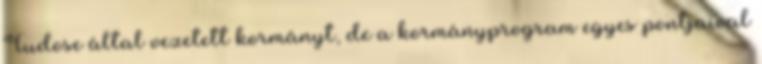
Tudose által vezetett kormányt, de a kormányprogram egyes pontjaival